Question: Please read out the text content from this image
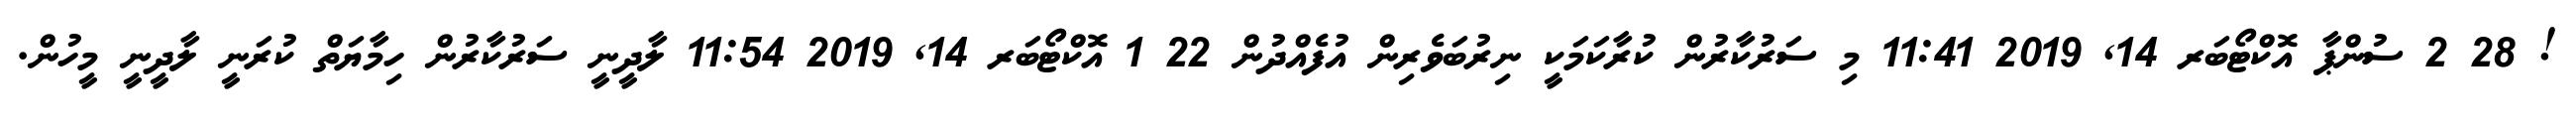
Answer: ! 28 2 ސުންޕާ އޮކްޓޯބަރ 14, 2019 11:41 މި ސަރުކާރުން ކުރާކަމަކީ ނިރުބަވެރިން އުފެއްދުން 22 1 އޮކްޓޯބަރ 14, 2019 11:54 ލާދީނީ ސަރުކާރުން ހިމާޔަތް ކުރަނީ ލާދީނީ މީހުން.